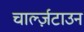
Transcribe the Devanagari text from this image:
चार्ल्ज़टाउन